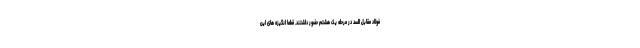
فولاد مقابل السد در مرحله یک هشتم حضور داشتند. قطعا انگیزه های این